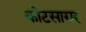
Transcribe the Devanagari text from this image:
कोटसागर